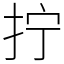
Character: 拧